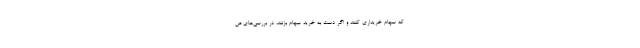
که سهام خریداری کنند و اگر دست به خرید سهام بزنند، در بررسی‌های ص